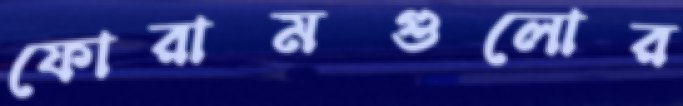
ফোরামগুলোর